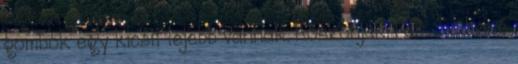
gombok egy kicsit lejebb vannak. Köszönjük. 1 dr. Sediviné